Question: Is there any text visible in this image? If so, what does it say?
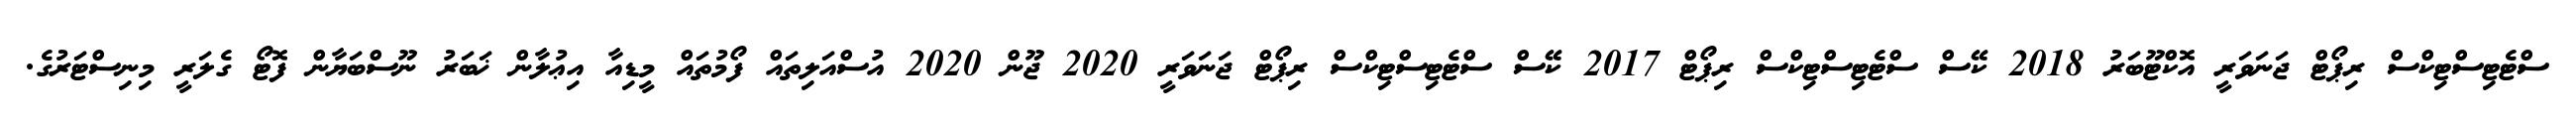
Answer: ސްޓެޓިސްޓިކްސް ރިޕޯޓް ޖަނަވަރީ އޮކްޓޫބަރު 2018 ކޭސް ސްޓެޓިސްޓިކްސް ރިޕޯޓް 2017 ކޭސް ސްޓެޓިސްޓިކްސް ރިޕޯޓް ޖަނަވަރީ 2020 ޖޫން 2020 އުސްއަލިތައް ފޯމުތައް މީޑިއާ އިޢުލާން ޚަބަރު ނޫސްބަޔާން ފޮޓޯ ގެލަރީ މިނިސްޓަރުގެ.